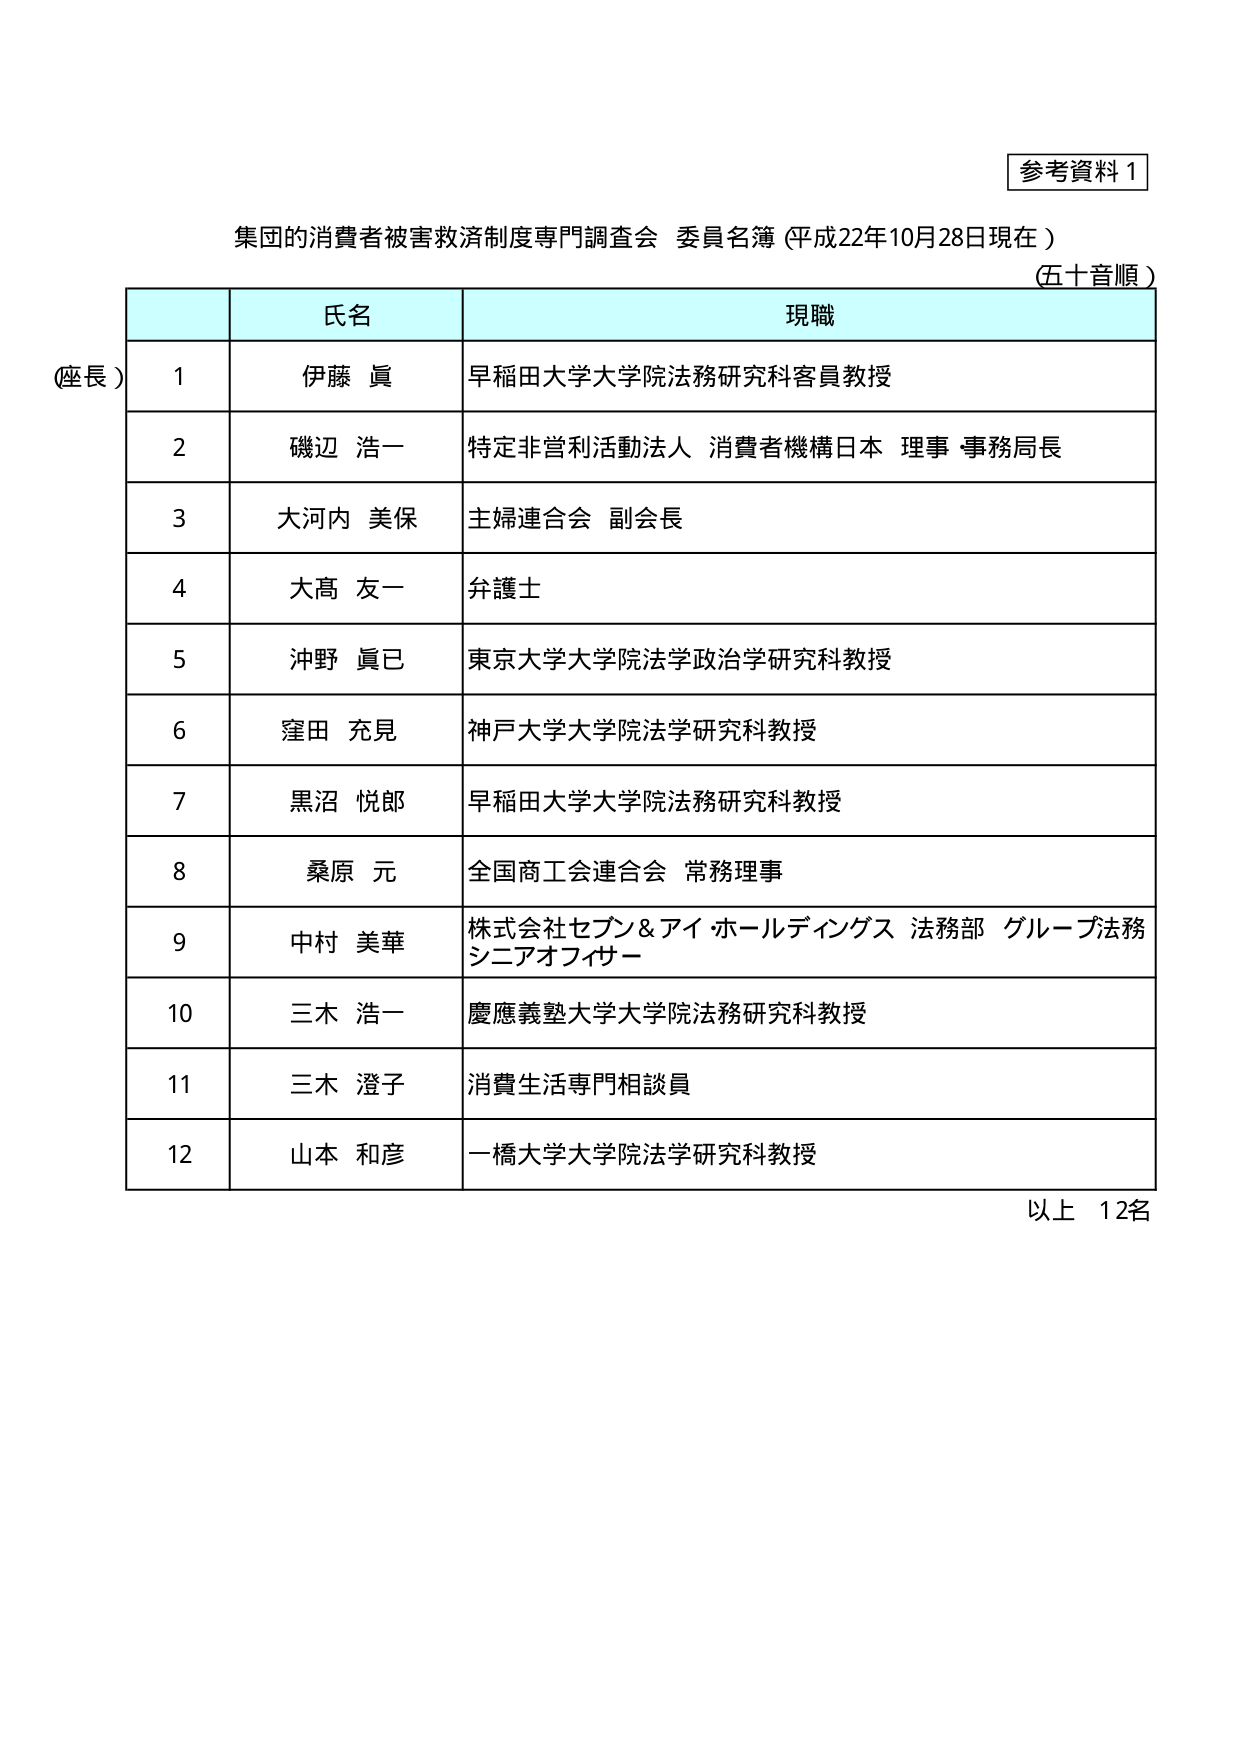
参考資料１

集団的消費者被害救済制度専門調査会 委員名簿（平成22年10月28日現在）
（五十音順）

氏名　　　　　　　　　　　　　　　　　　　　　　　　　現職

（座長）　1　伊藤 眞　　　　　　　　　　　　　　　　早稲田大学大学院法務研究科客員教授
　　　　　2　磯辺 浩一　　　　　　　　　　　　　　特定非営利活動法人 消費者機構日本 理事・事務局長
　　　　　3　大河内 美保　　　　　　　　　　　　　　主婦連合会 副会長
　　　　　4　大髙 友一　　　　　　　　　　　　　　　弁護士
　　　　　5　沖野 眞己　　　　　　　　　　　　　　　東京大学大学院法学政治学研究科教授
　　　　　6　窪田 充見　　　　　　　　　　　　　　　神戸大学大学院法学研究科教授
　　　　　7　黒沼 悦郎　　　　　　　　　　　　　　　早稲田大学大学院法務研究科教授
　　　　　8　桑原 元　　　　　　　　　　　　　　　　全国商工会連合会 常務理事
　　　　　9　中村 美華　　　　　　　　　　　　　　株式会社セブン＆アイ・ホールディングス 法務部 グループ法務シニアオフィサー
　　　　　10　三木 浩一　　　　　　　　　　　　　　慶應義塾大学大学院法務研究科教授
　　　　　11　三木 澄子　　　　　　　　　　　　　　消費生活専門相談員
　　　　　12　山本 和彦　　　　　　　　　　　　　　一橋大学大学院法学研究科教授

以上 12名